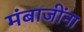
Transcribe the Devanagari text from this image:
मंबाजींना